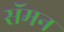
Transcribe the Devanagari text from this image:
सॅमन